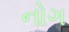
નોગ